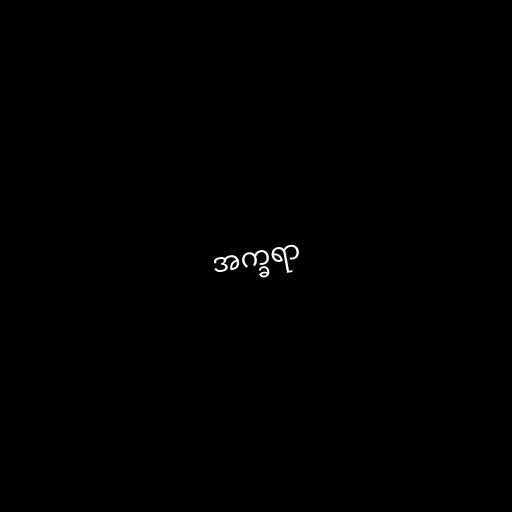
အက္ခရာ